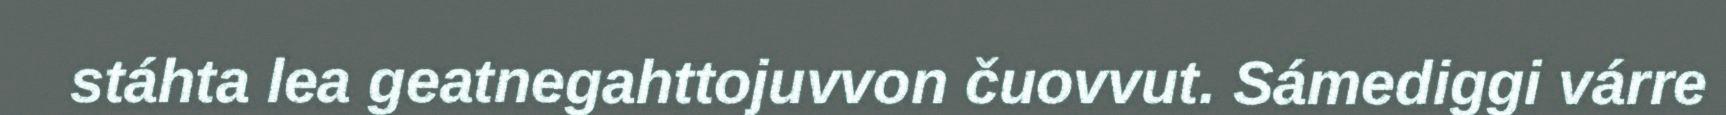
stáhta lea geatnegahttojuvvon čuovvut. Sámediggi várre